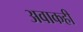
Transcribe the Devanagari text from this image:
अवाकही